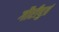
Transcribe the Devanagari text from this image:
गौरीपुत्रं